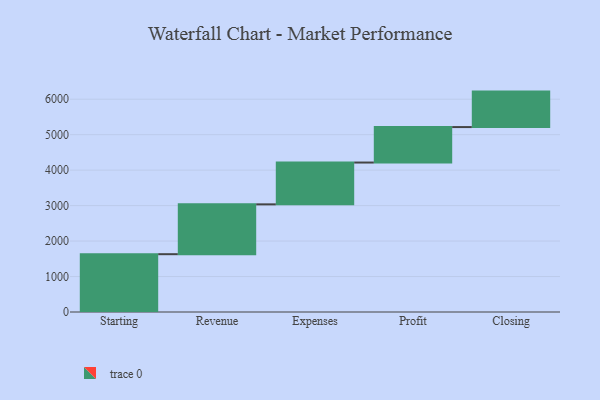
{"axis": {"x": "Step", "y": "Value"}, "legend": [""], "data": [{"x": "Starting", "y": 1630.0, "type": ""}, {"x": "Revenue", "y": 1405.0, "type": ""}, {"x": "Expenses", "y": 1179.0, "type": ""}, {"x": "Profit", "y": 1000, "type": ""}, {"x": "Closing", "y": 1000, "type": ""}]}